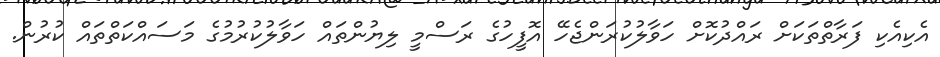
އެކިއެކި ފަރާތްތަކަށް ރައްދުކޮށް ހަވާލުކުރަންޖެހޭ އޮފީހުގެ ރަސްމީ ލިޔުންތައް ހަވާލުކުރުމުގެ މަސައްކަތްތައް ކުރުން.